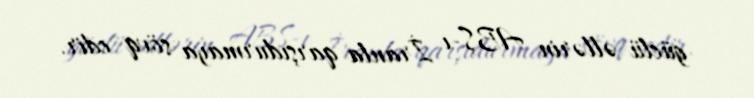
güclü əllərin ABŞ-ı İranla qarşıdurmaya sövq edir.